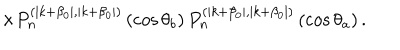
\times P _ { n } ^ { ( \mid k + \beta _ { 0 } \mid , \mid k + \beta _ { 0 } \mid ) } \left( \cos \theta _ { b } \right) P _ { n } ^ { ( \mid k + \beta _ { 0 } \mid , \mid k + \beta _ { 0 } \mid ) } \left( \cos \theta _ { a } \right) .